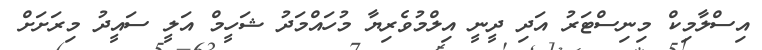
އިސްލާމިކް މިނިސްޓަރު އަދި ދީނީ އިލްމުވެރިޔާ މުހައްމަދު ޝަހީމް އަލީ ސައީދު މިރަށަށް